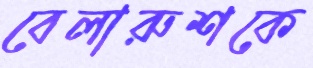
বেলারুশকে